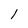
Character: 1